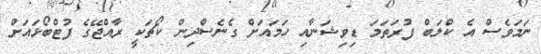
ނަމަވެސް އެ ކްލަބް ފުރަތަމަ ޑިވިޝަނާއި ހަމައަށް ގެނެސްދިން ކޯޗަކީ ރާއްޖޭގެ ފުޓްބޯޅައަށް